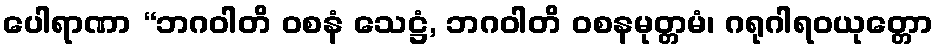
ပေါရာဏာ “ဘဂဝါတိ ဝစနံ သေဋ္ဌံ, ဘဂဝါတိ ဝစနမုတ္တမံ၊ ဂရုဂါရဝယုတ္တော